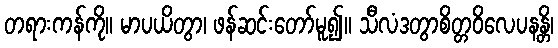
တရားကန်ကို။ မာပယိတွာ၊ ဖန်ဆင်းတော်မူ၍။ သီလံဒတွာစိတ္တဝိလေပနန္တိ၊